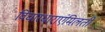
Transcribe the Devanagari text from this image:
विचारधाराएंमिलती